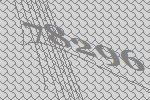
78296